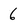
Character: 6